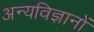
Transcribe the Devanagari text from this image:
अन्यविज्ञानों